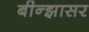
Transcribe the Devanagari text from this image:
बीन्झासर